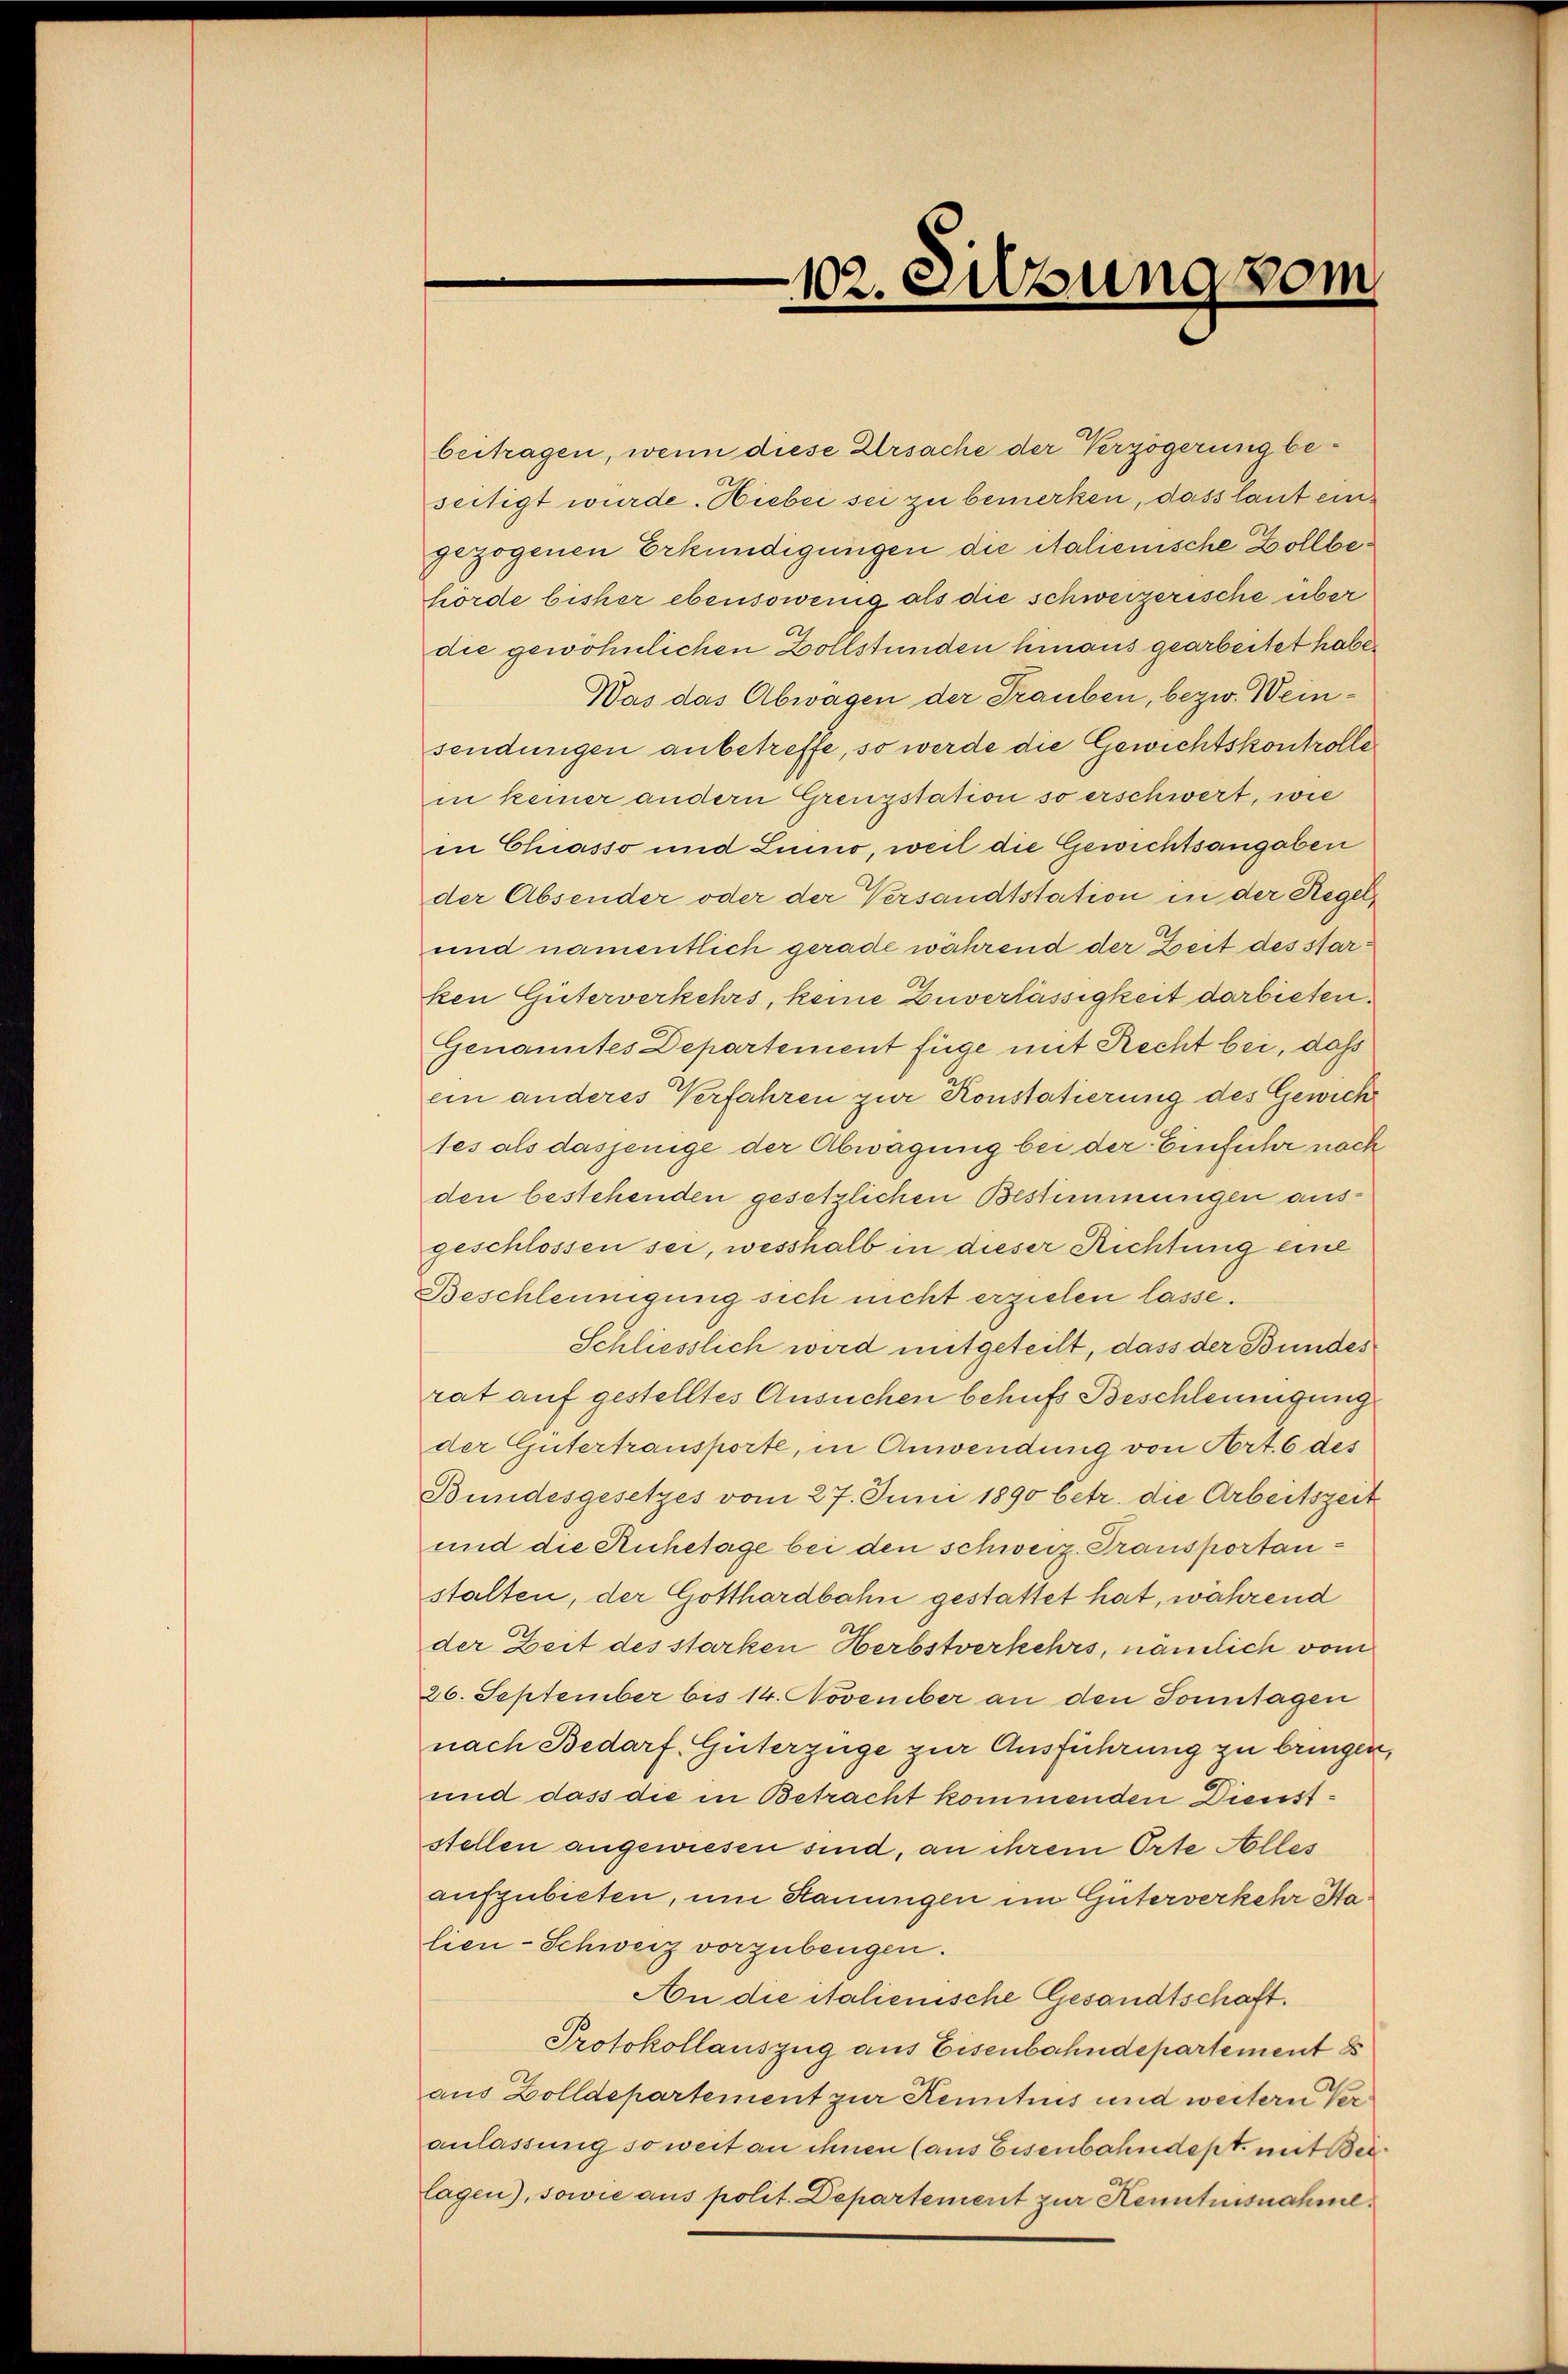
102. Sitzung vom

beitragen, wenn diese Ursache der Verzögerung beseitigt wurde. Hiebei sei zu bemerken, dass laut eingezogenen Erkundigungen die italienische Dollbehörde bisher ebensowenig als die schweizerische über
die gewöhnlichen Zollstunden hinaus gearbeitet habe.
Was das Abwagen der Trauben, bezw. Weinsendungen anbetreffe, so werde die Gewichtskontrolle
in keiner andern Grenzstation so erschwert, wie
in Chiasso und Linio, weil die Gewichtsangaben
der Absender oder der Versandtstation in der Regel
und namentlich gerade während der Zeit des starken Güterverkehrs, keine Zuverlässigkeit darbieten.
Genanntes Departement füge mit Recht bei, das
ein anderes Verfahren zur Konstatierung des Gewich
tes als dasjenige der Abwägung bei der Einführ nach
den bestehenden gesetzlichen Bestimmungen ausgeschlossen sei, wesshalb in dieser Richtung eine
Beschleunigung sich nicht erzielen lasse.
Schliesslich wird mitgeteilt, dass der Bundes
rat auf gestelltes Ansuchen behufs Beschleunigung
der Gütertransporte, in Anwendung von Art. 6 des
Bundesgesetzes vom 27. Juni 1890 betr. die Arbeitszeit
und die Ruhetage bei den schweiz. Transportanstalten, der Gotthardbahn gestattet hat, während
der Zeit des starken Herbstverkehrs, nämlich vom
26. September bis 14. November an den Sonntagen
nach Bedarf, Güterzüge zur Ausführung zu bringen,
und dass die in Betracht kommenden Dienststellen angewiesen sind, an ihrem Orte Alles
aufzubieten, um Hauungen im Güterverkehr Stalien- Schweiz vorzubeugen.
An die italienische Gesandtschaft.
Protokollauszug aus Eisenbahndepartement e
aus Zolldepartement zur Kenntnis und weitern Veranlassung soweit an ihnen (aus Eisenbahndept, mit Beilagen), sowie aus polit. Departement zur Kenntnisnahme